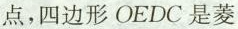
点，四边形OEDC是菱